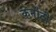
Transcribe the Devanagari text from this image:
कर्नाटी